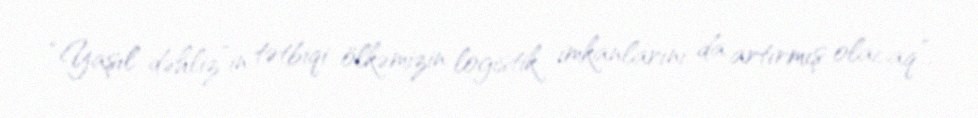
“Yaşıl dəhliz”in tətbiqi ölkəmizin logistik imkanlarını da artırmış olacaq”.